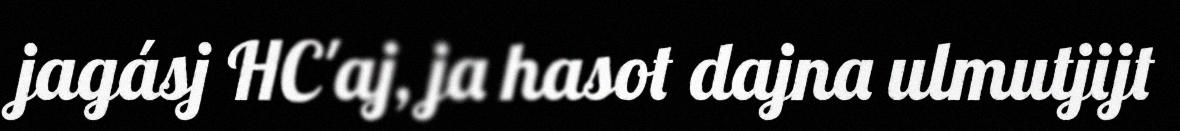
jagásj HC'aj, ja hasot dajna ulmutjijt